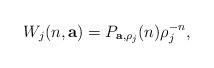
LaTeX: \begin{align*} W_j(n,\mathbf a) = P_{\mathbf a, \rho_j}(n) \rho_j^{-n},\end{align*}